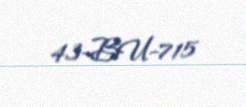
43-BU-715